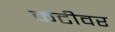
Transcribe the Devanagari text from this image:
कटीवर